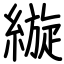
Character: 縼